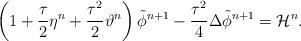
LaTeX: \begin{align*} \left(1+\frac{\tau}{2}\eta^n+\frac{\tau^2}{2}\vartheta^n\right) \tilde{\phi}^{n+1}-\frac{\tau^2}{4}\Delta\tilde{\phi}^{n+1} =\mathcal{H}^n. \end{align*}